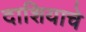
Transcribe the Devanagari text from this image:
दाशियाचे